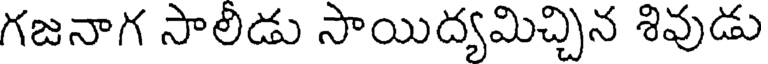
గజనాగ సాలిడు సాయిద్యమిచ్చిన శివుడు